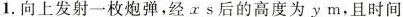
1.向上发射一枚炮弹，经x s后的高度为y m，且时间